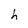
Character: h